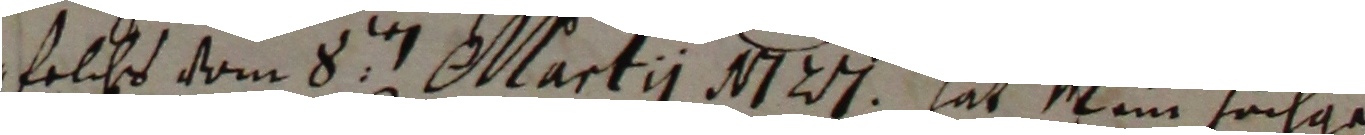
solchs vom 8ten martii N7 hat mim hochge